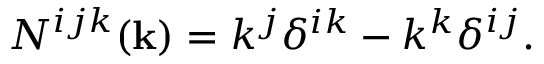
N ^ { i j k } ( { \bf { k } } ) = k ^ { j } \delta ^ { i k } - k ^ { k } \delta ^ { i j } .